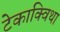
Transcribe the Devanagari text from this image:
टेकाक्विथा